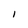
Character: I